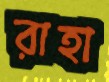
রাহা